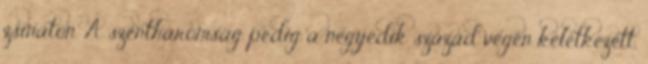
zsinaton. A szentháromság pedig a negyedik század végén keletkezett,